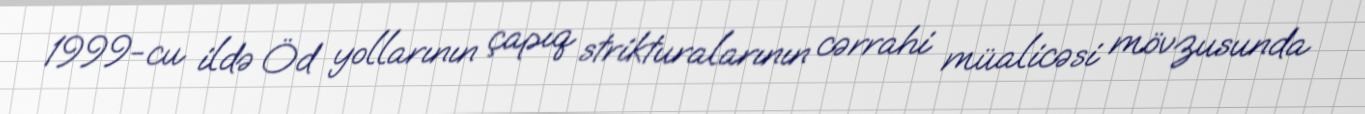
1999-cu ildə Öd yollarının çapıq strikturalarının cərrahi müalicəsi mövzusunda